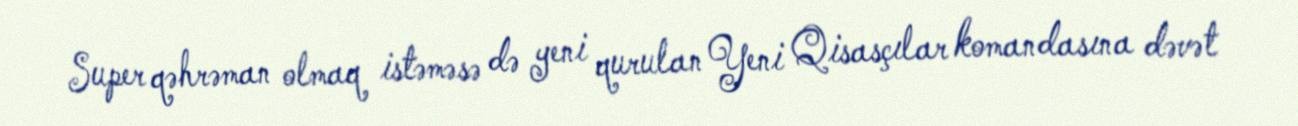
Super qəhrəman olmaq istəməsə də yeni qurulan Yeni Qisasçılar komandasına dəvət